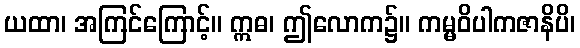
ယထာ၊ အကြင်ကြောင့်။ ဣဓ၊ ဤလောက၌။ ကမ္မဝိပါကဇာနိပိ၊